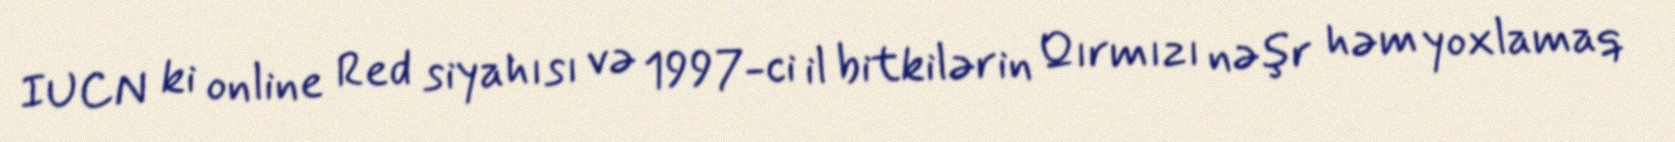
IUCN ki online Red siyahısı və 1997-ci il bitkilərin Qırmızı nəşr həm yoxlamaq